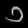
Digit: ၁